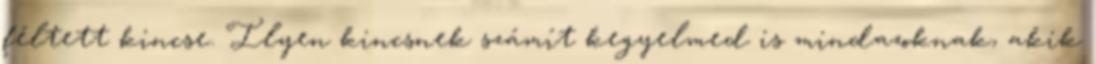
féltett kincse. Ilyen kincsnek számít kegyelmed is mindazoknak, akik